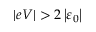
\vert e V \vert > 2 \left\vert \varepsilon _ { 0 } \right\vert